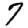
Digit: 7